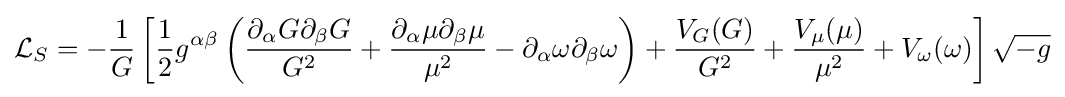
{\mathcal {L}}_{S}=-{\frac {1}{G}}\left[{\frac {1}{2}}g^{\alpha \beta }\left({\frac {\partial _{\alpha }G\partial _{\beta }G}{G^{2}}}+{\frac {\partial _{\alpha }\mu \partial _{\beta }\mu }{\mu ^{2}}}-\partial _{\alpha }\omega \partial _{\beta }\omega \right)+{\frac {V_{G}(G)}{G^{2}}}+{\frac {V_{\mu }(\mu )}{\mu ^{2}}}+V_{\omega }(\omega )\right]{\sqrt {-g}}